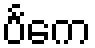
ပင်္ကေ